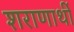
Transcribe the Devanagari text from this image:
शराणार्थी